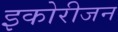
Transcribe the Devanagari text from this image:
इकोरीजन